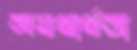
অযথার্থতা